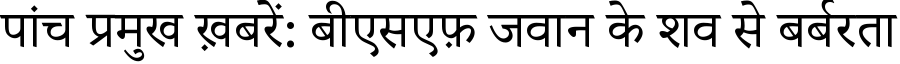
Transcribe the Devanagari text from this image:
पांच प्रमुख ख़बरें: बीएसएफ़ जवान के शव से बर्बरता